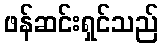
ဖန်ဆင်းရှင်သည်